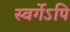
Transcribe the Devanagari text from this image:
स्वर्गेऽपि